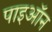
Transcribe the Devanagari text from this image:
पाइऑन